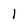
Character: 1